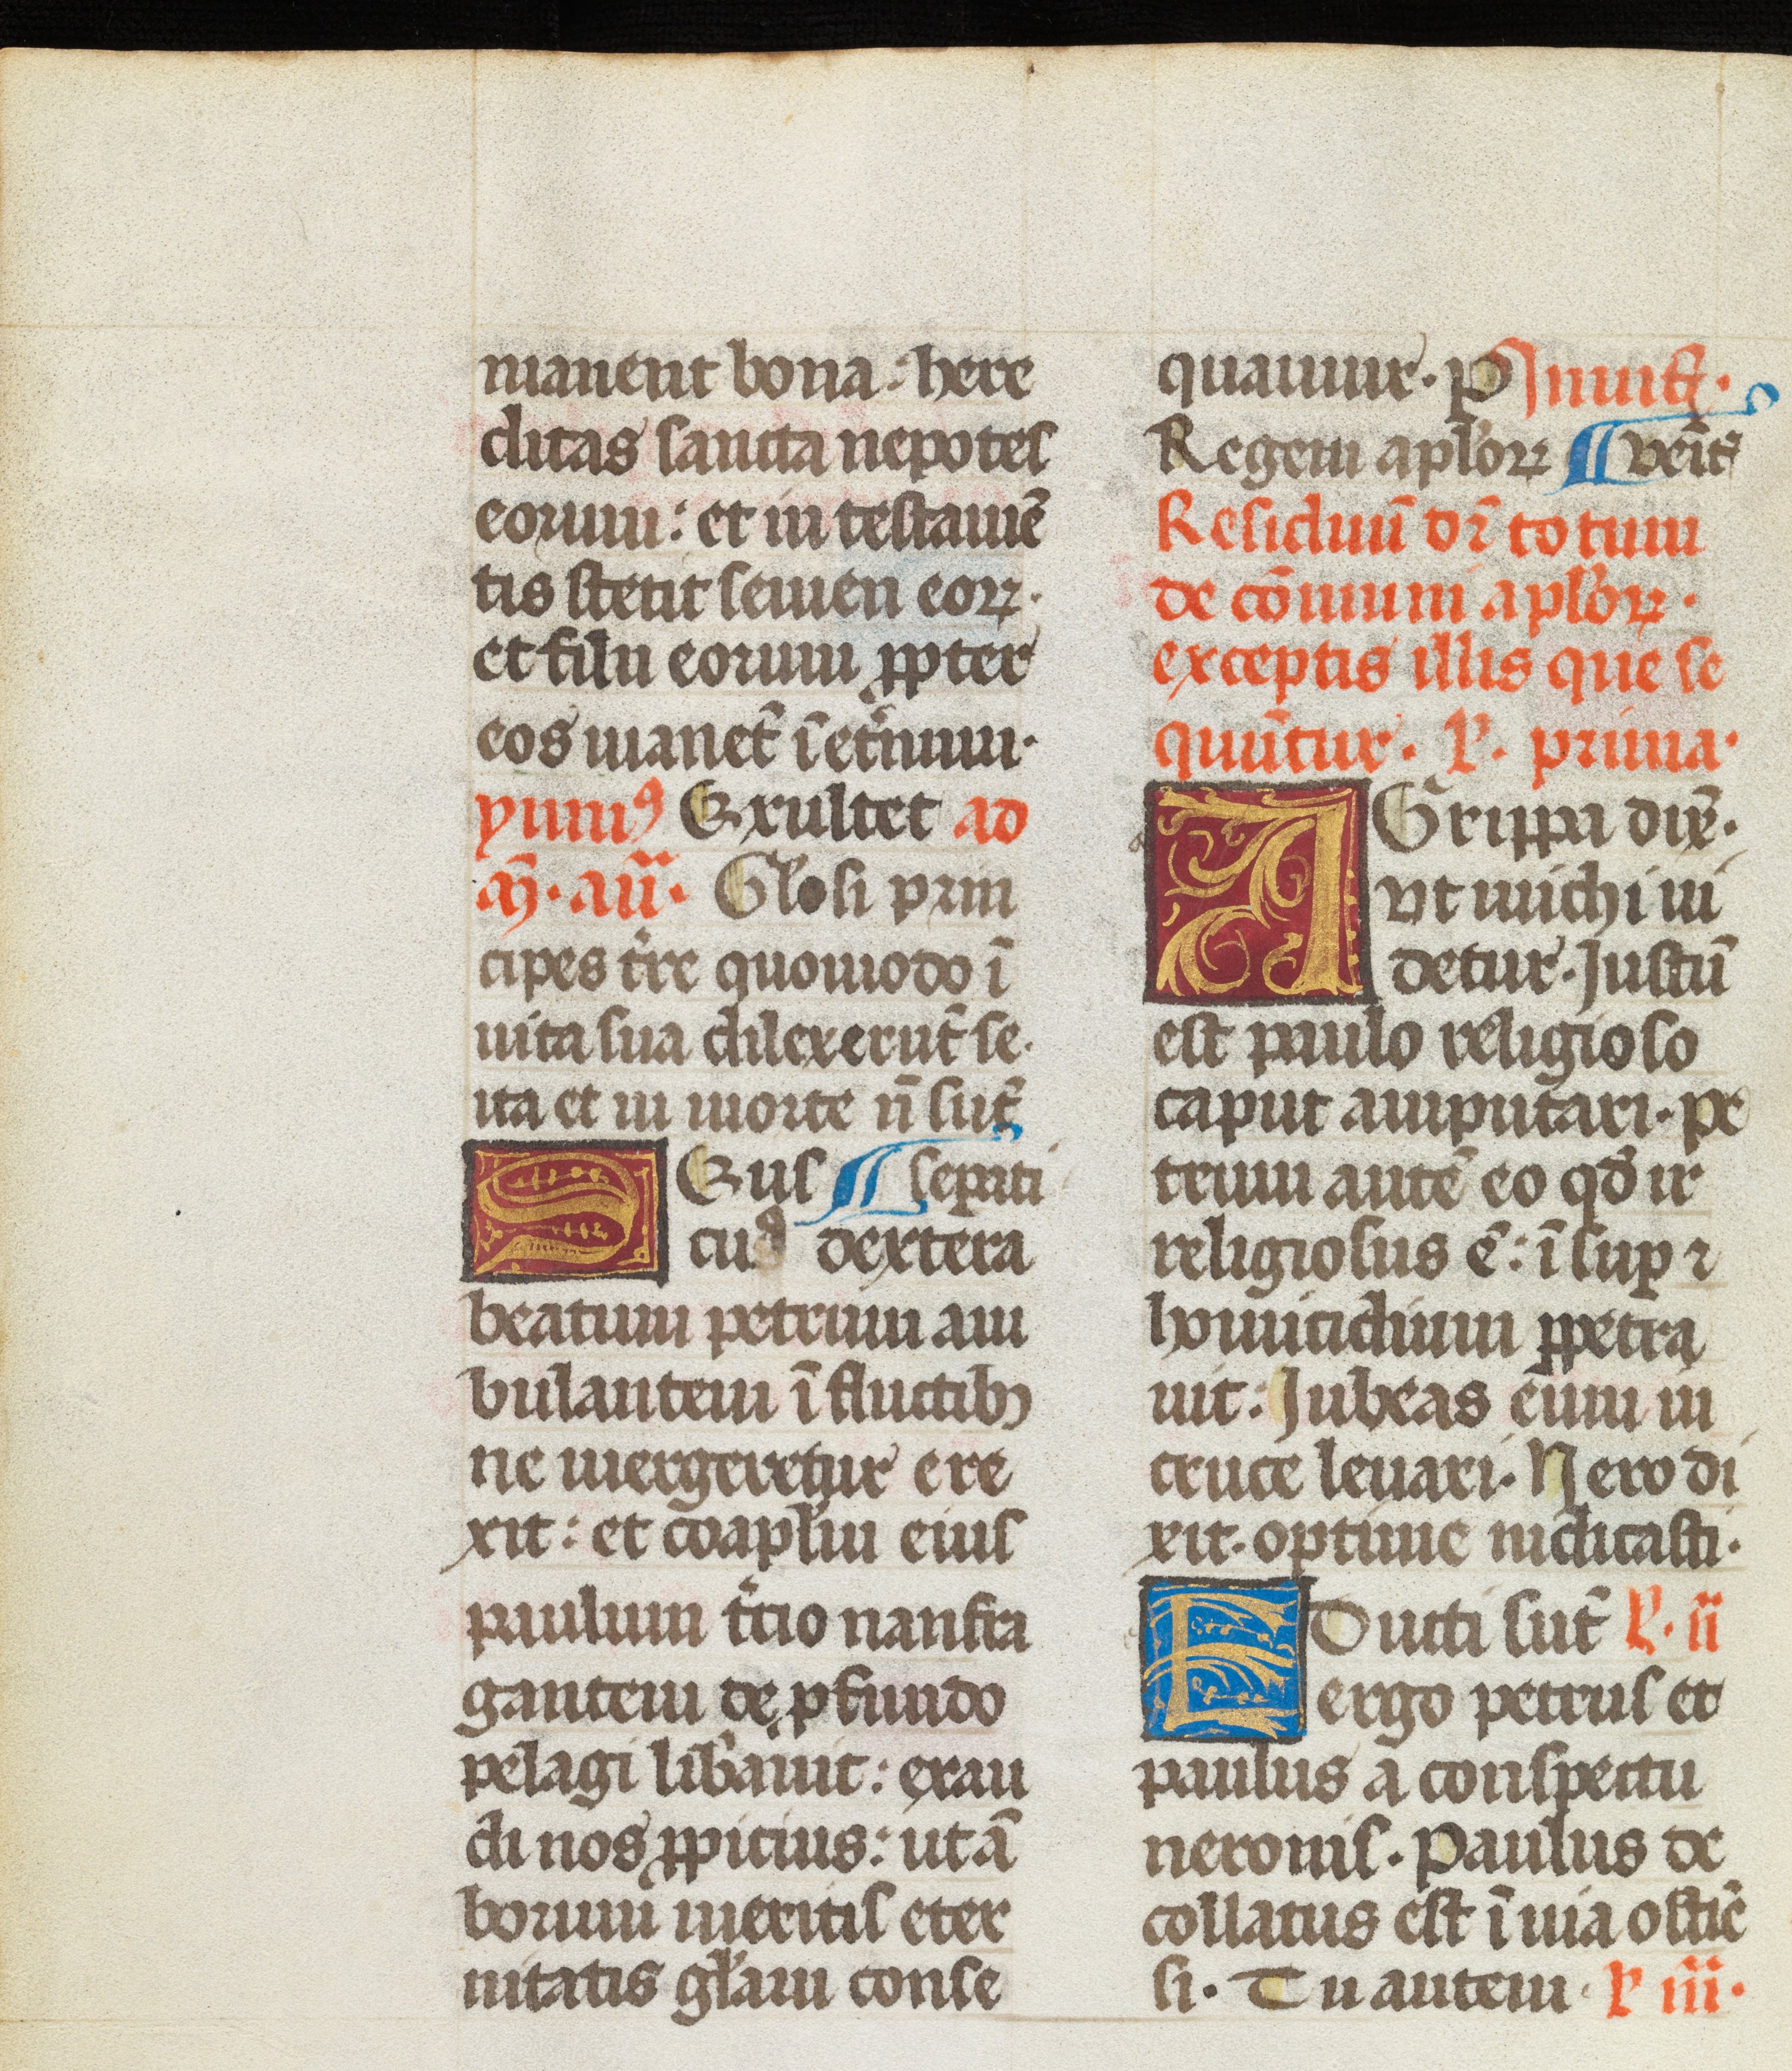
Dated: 1493–1493